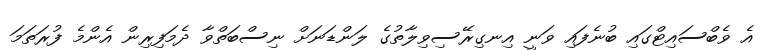
އެ ވެބްސައިޓްގައި ބުނެފައި ވަނީ އިނގިރޭސިވިލާތުގެ ލަންޑަނަށް ނިސްބަތްވާ ދެމަފިރިން އެންމެ ފުރަތަމަ